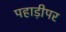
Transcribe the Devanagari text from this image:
पहाड़ीपर